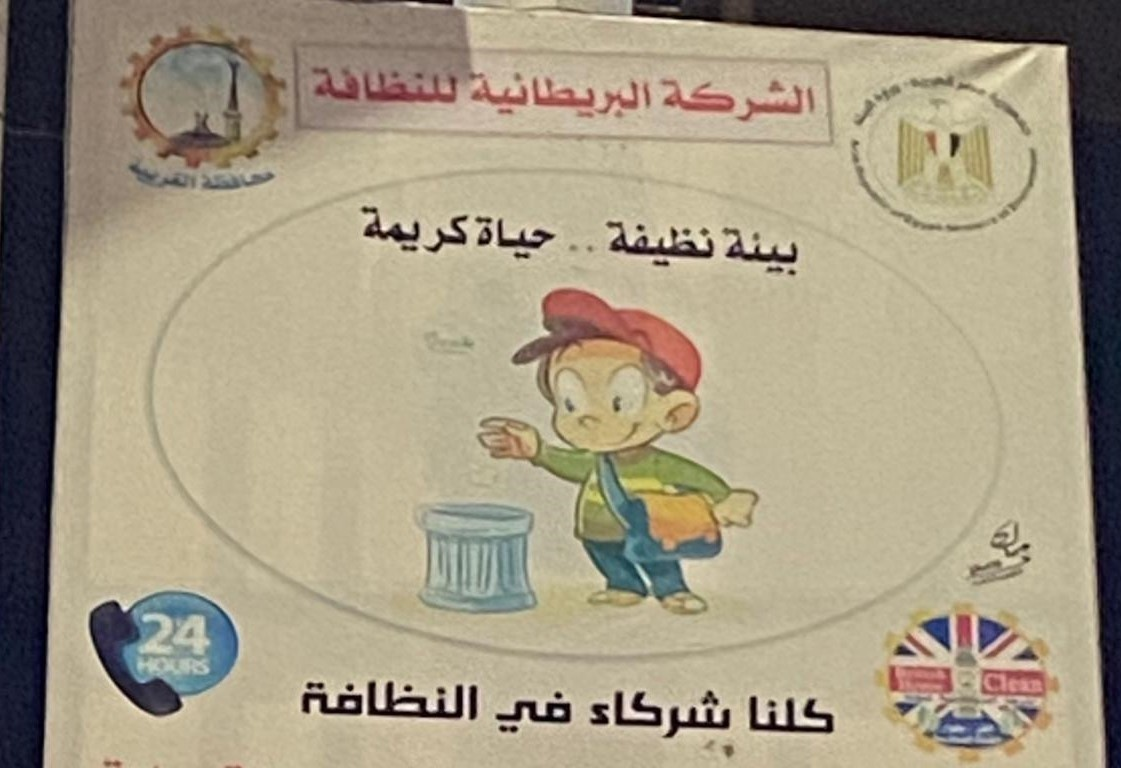
Text in image: للنظافة البريطانية الشركة كريمة حياة نظيفة بيئة النظافة في كلنا شركاء 24